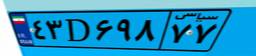
۴۳D۶۹۸۷۷